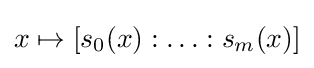
x\mapsto [s_{0}(x):\ldots :s_{m}(x)]